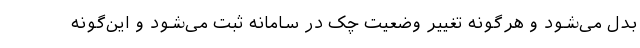
بدل می‌شود و هرگونه تغییر وضعیت چک در سامانه ثبت می‌شود و این‌گونه